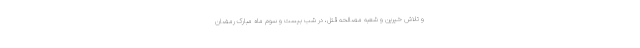
و تلاش‌ خیرین و شعبه مصالحه قتل، در شب بیست و سوم ماه مبارک رمضان